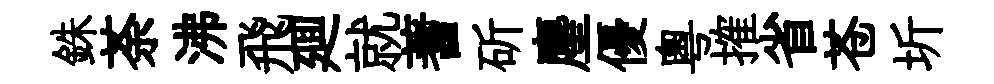
銖荼沸飛廽就蓍斫麈優粤搉省苍圻